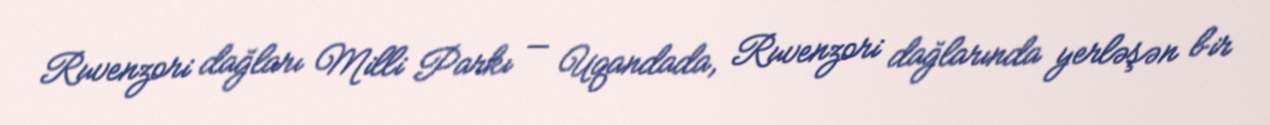
Ruvenzori dağları Milli Parkı — Uqandada, Ruvenzori dağlarında yerləşən bir